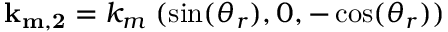
{ \bf k _ { m , 2 } } = k _ { m } \; ( \sin ( \theta _ { r } ) , 0 , - \cos ( \theta _ { r } ) )